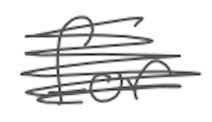
Text: for
Cross-out: scratch
Writing tool: digital_gray